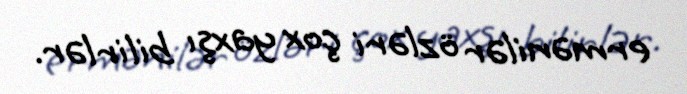
ermənilər özləri çox yaxşı bilirlər.